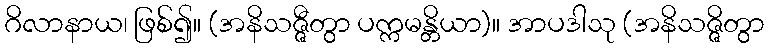
ဂိလာနာယ၊ ဖြစ်၍။ (အနိသဇ္ဇီတွာ ပက္ကမန္တိယာ)။ အာပဒါသု (အနိသဇ္ဇိတွာ